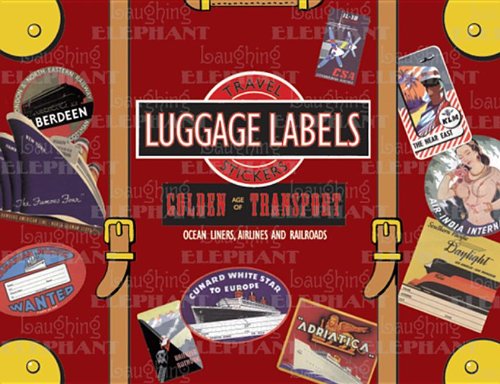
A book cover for Golden Age of Transport Luggage Labels: 20 Vintage Luggage Label Stickers (Travel Stickers); Engineering & Transportation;